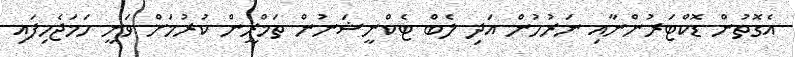
އެގޮތުން ޑޮކްޓަރުންނާއި ނަރުހުން އަދި ލެބް ޓެކްނީޝަނުން ތަމްރީން ކުރުމަށް ވަނީ ހަމަޖެހިފައި